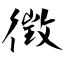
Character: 徵